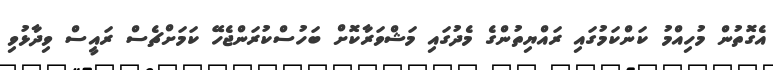
އެގޮތުން މުހިއްމު ކަންކަމުގައި ރައްޔިތުންގެ މެދުގައި މަޝްވަރާކޮށް ބަހުސްކުރަންޖެހޭ ކަމަށްޗެސް ރައީސް ވިދާޅުވި